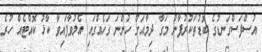
އުސްފަސްގަނޑުގެ ބޮޑުތަކުރުފާނު މަގާ ދިމާއަށް ހުންނަ ގަހެއްގައި އެލުވާފައިވާ ކާޅު ކޮއްޓެއް ހުރެ